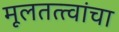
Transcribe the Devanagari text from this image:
मूलतत्त्वांचा